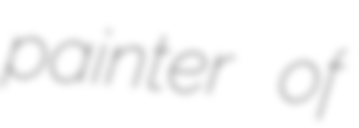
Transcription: painter of